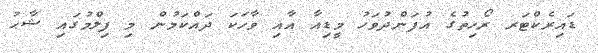
ޑައިރެކްޓަރ ރޯހިތުގެ އުފަންދުވަހު މީޑިއާ އާއި ވާހަކަ ދައްކަމުން މި ފިލްމުގައި ޝާޙު